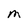
Character: M